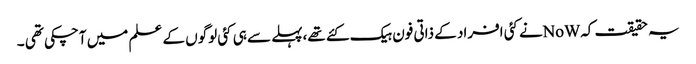
یہ حقیقت کہNoWنے کئی افراد کے ذاتی فون ہیک کئے تھے،پہلے سے ہی کئی لوگوں کے علم میں آچکی تھی ۔